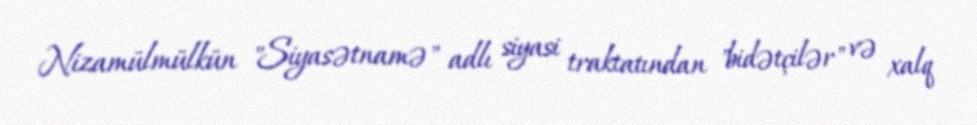
Nizamülmülkün "Siyasətnamə" adlı siyasi traktatından "bidətçilər" və xalq